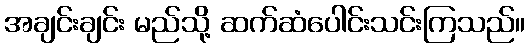
အချင်းချင်း မည်သို့ ဆက်ဆံပေါင်းသင်းကြသည်။